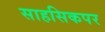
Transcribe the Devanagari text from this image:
साहसिकपर